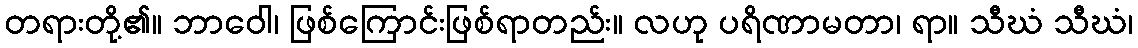
တရားတို့၏။ ဘာဝေါ၊ ဖြစ်ကြောင်းဖြစ်ရာတည်း။ လဟု ပရိဏာမတာ၊ ရာ။ သီဃံ သီဃံ၊